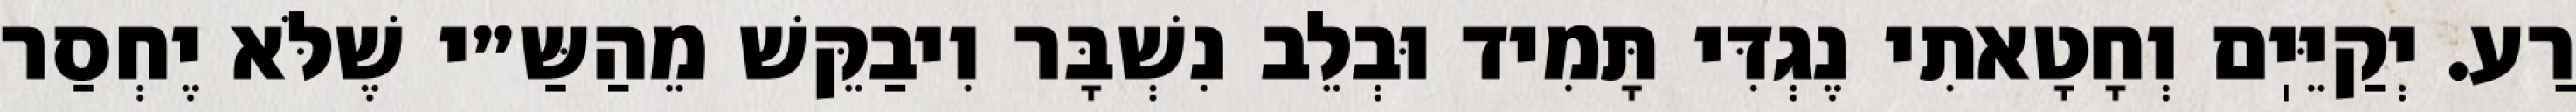
רַע. יְקַיֵּיֽם וְחָטָאתִי נֶגְדִּי תָּמִיד וּבְלֵב נִשְׁבָּר וִיבַקֵּשׁ מֵהַשַּ״י שֶׁלֹּא יֶחְסַר